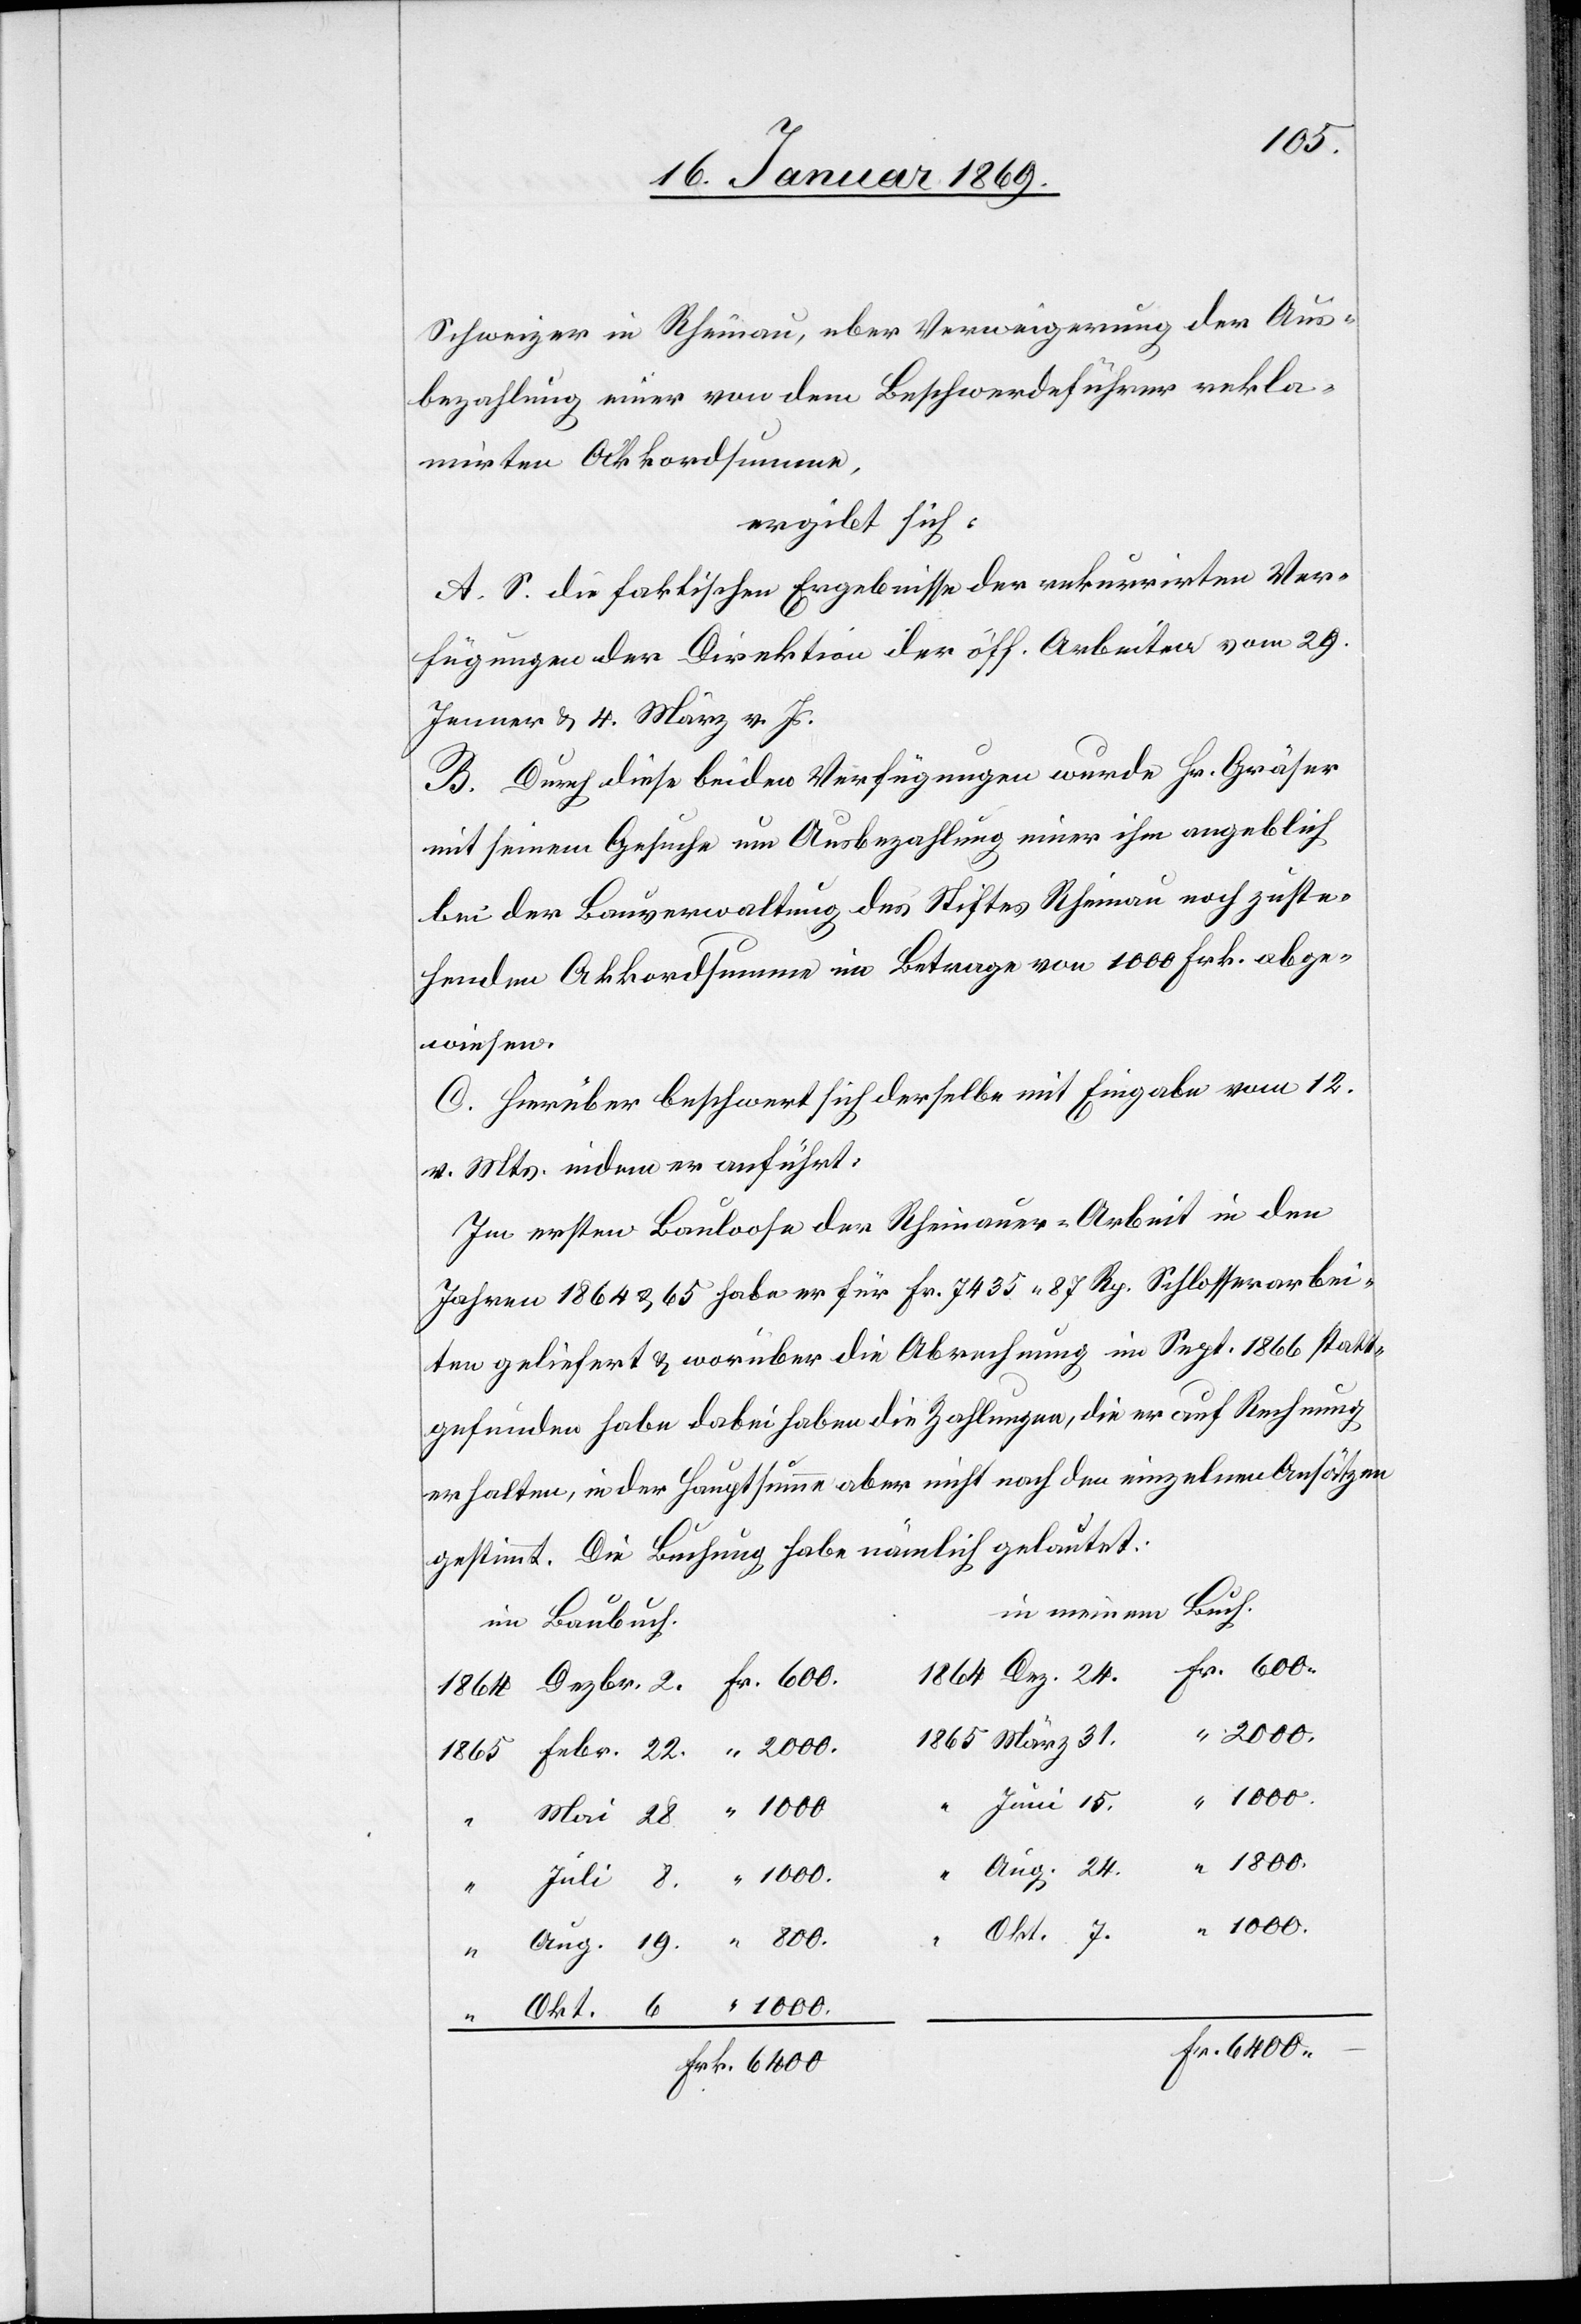
19.
Schweizer in Rheinau, uber Verweigerung der Aus¬
bezahlung einer von dem Beschwerdeführer rekla¬
mirten Akkordsumme,
ergibt sich:
A. S. die faktischen Ergebnisse der rekurrirten Ver¬
fügungen der Direktion der öff. Arbeiten vom 29.
Jenner u. 4. März v. Js.
B. Durch diese beiden Verfügungen wurde Hr. Gräser
mit seinem Gesuche um Ausbezahlung einer ihm angeblich
bei der Bauverwaltung des Stiftes Rheinau noch zuste¬
henden Akkordsumme im Betrage von 1000 Frk. abge¬
wiesen.
C. Hierüber beschwert sich derselbe mit Eingabe vom 12.
v. Mts. indem er anfügt:
Im ersten Bauloose der Rheinauer-Arbeit in den
Jahren 1864 u. 65 habe er für Fr. 7435.87 Rp. Schlosserarbei¬
ten geliefert u. worüber die Abrechnung im Sept. 1866 statt¬
gefunden habe dabei haben die Zahlungen, die er auf Rechnung
erhalten, in der Hauptsumme aber nicht nach den einzelnen Ansätzen
gestimmt. Die Buchung habe nämlich gelautet:
meinem Buch.
1864 Dezbr. 2. Fr. 600		1864
1000	___________________
“ Juni 15. “ 1000
Mai	 28. “ 1000
“ Aug. 24. “ 1800
Juli	 8. “ 1000
Okt. 7. “ 1000
24.
Frk. 6400